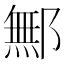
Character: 鄦